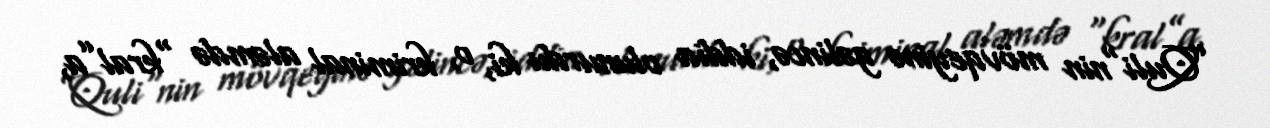
”Quli"nin mövqeyinə gəlincə, iddia olunurdu ki, o, kriminal aləmdə “kral”a,